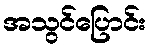
အသွင်ပြောင်း